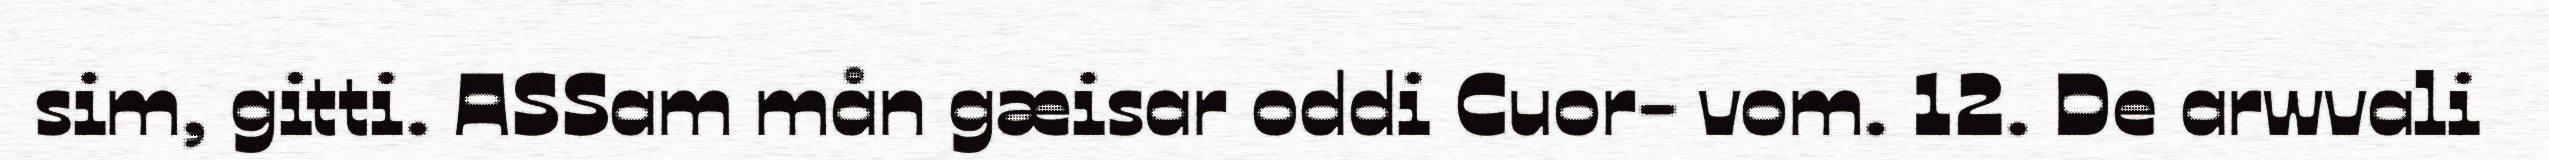
sim, gitti. ASSam mån gæisar oddi Cuor- vom. 12. De arwvali